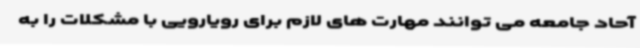
آحاد جامعه می توانند مهارت های لازم برای رویارویی با مشکلات را به